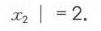
\(\vert x_{2}\vert = 2\)